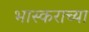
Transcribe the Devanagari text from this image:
भास्कराच्या